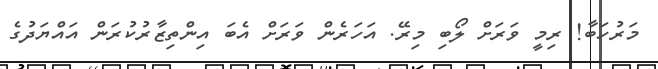
މަރުހަބާ! ރިމީ ވަރަށް ލޯބި މިރޭ. އަހަރެން ވަރަށް އެބަ އިންތިޒާރުކުރަން އައްޔަދުގެ